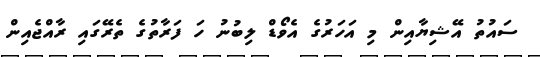
ސައުތު އޭޝިޔާއިން މި އަހަރުގެ އެވޯޑް ލިބުނު ހަ ފަރާތުގެ ތެރޭގައި ރާއްޖެއިން